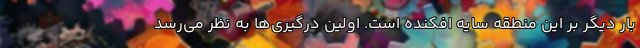
بار دیگر بر این منطقه سایه افکنده است. اولین درگیری‌ها به نظر می‌رسد